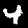
Label: 4